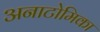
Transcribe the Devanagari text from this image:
अनाटोमिका